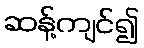
ဆန့်ကျင်၍